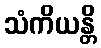
သံကိယန္တိ